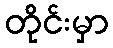
တိုင်းမှာ